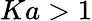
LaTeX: Ka>1